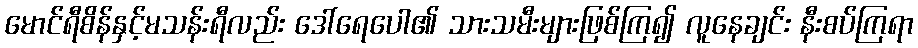
မောင်ရီစိန်နှင့်မသန်းရီလည်း ဒေါ်ရေပေါ၏ သားသမီးများဖြစ်ကြ၍ လူနေချင်း နီးစပ်ကြရာ